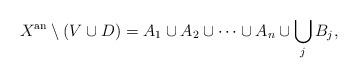
LaTeX: \begin{align*}X^{\textrm{an}} \setminus (V \cup D) = A_1 \cup A_2 \cup \dots \cup A_n \cup \bigcup_{j} B_j,\end{align*}